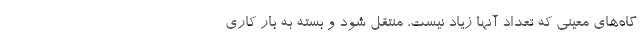
گاه‌های معینی که تعداد آنها زیاد نیست، منتقل شود و بسته به بارِ کاری